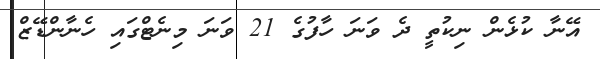
އޭނާ ކުޅެން ނިކުތީ ދެ ވަނަ ހާފުގެ 21 ވަނަ މިނެޓްގައި ހެނާންޑޭޒް